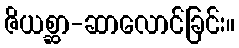
ဇိယစ္ဆာ-ဆာလောင်ခြင်း။